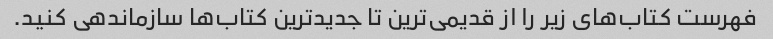
فهرست کتاب‌های زیر را از قدیمی‌ترین تا جدیدترین کتاب‌ها سازماندهی کنید.